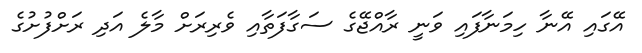
އޭގައި އޭނާ ހިމަނާފައި ވަނީ ރާއްޖޭގެ ސަގާފަތާއި ވެރިރަށް މާލެ އަދި ރަށްފުށުގެ